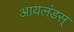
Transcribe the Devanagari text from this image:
आयलंडस्